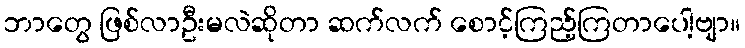
ဘာတွေ ဖြစ်လာဦးမလဲဆိုတာ ဆက်လက် စောင့်ကြည့်ကြတာပေါ့ဗျာ။